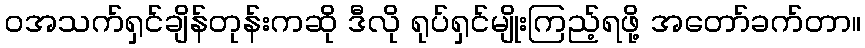
ဝအသက်ရှင်ချိန်တုန်းကဆို ဒီလို ရုပ်ရှင်မျိုးကြည့်ရဖို့ အတော်ခက်တာ။